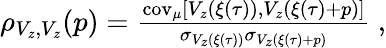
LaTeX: \begin{array}{r}{\rho_{V_{z},V_{z}}(p)=\frac{\textup{cov}_{\mu}\left[V_{z}(\xi(\tau)),V_{z}(\xi(\tau)+p)\right]}{\sigma_{V_{z}(\xi(\tau))}\sigma_{V_{z}(\xi(\tau)+p)}}~,}\end{array}